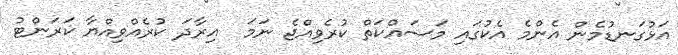
އަޅުގަނޑުމެން އެންމެ އެކުގައި މަސައްކަތް ކުރެވިއްޖެ ނަމަ  އިރާދަ ކުރެއްވިއްޔާ ކަރަންޓު